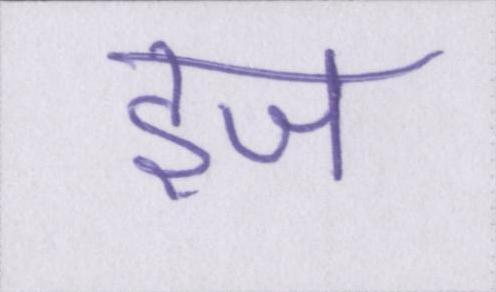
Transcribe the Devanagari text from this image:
इज